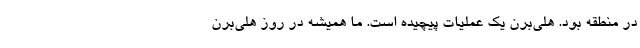
در منطقه بود. هلی‌برن یک عملیات پیچیده است. ما همیشه در روز هلی‌برن